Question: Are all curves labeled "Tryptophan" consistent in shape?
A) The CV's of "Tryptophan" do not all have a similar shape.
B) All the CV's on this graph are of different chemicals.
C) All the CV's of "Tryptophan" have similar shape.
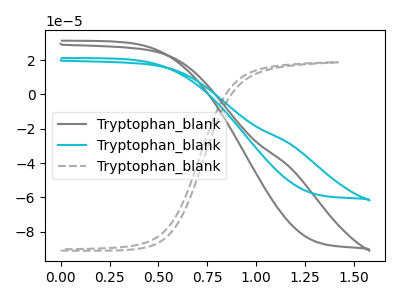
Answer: <think>The gray curve "Tryptophan_blank1" has no peaks. The cyan curve "Tryptophan_blank2" has no peaks. The gray dashed curve "Tryptophan_blank3" has no peaks.
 Neither "Tryptophan_blank1" or "Tryptophan_blank2" have any peaks. Neither "Tryptophan_blank1" or "Tryptophan_blank3" have any peaks. Neither "Tryptophan_blank2" or "Tryptophan_blank3" have any peaks.</think>
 <answer>C) All the CV's of "Tryptophan" have similar shape.</answer>
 <eval>C</eval>